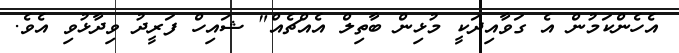
އެހެންކަމުން އެ ގަވާއިދަކީ މުޅިން ބާތިލް އެއްޗެއް" ޝައިހް ފަރީދު ވިދާޅުވި އެވެ.